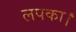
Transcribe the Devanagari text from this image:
लपका।